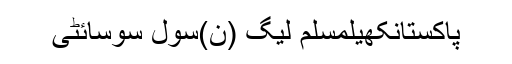
پاکستانکھیلمسلم لیگ (ن)سول سوسائٹی